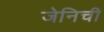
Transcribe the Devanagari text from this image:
जेनिची